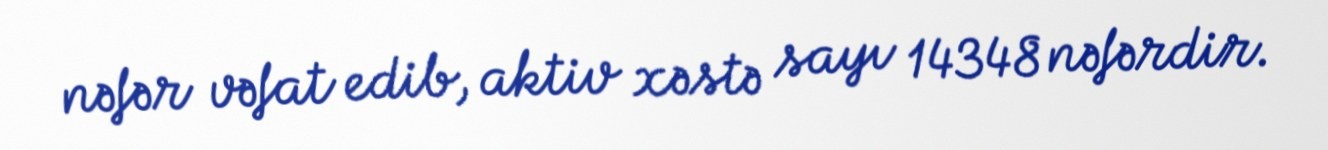
nəfər vəfat edib, aktiv xəstə sayı 14348 nəfərdir.